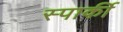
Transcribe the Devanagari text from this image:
स्पार्की